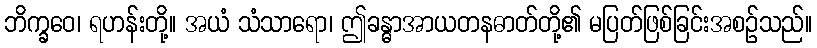
ဘိက္ခဝေ၊ ရဟန်းတို့။ အယံ သံသာရော၊ ဤခန္ဓာအာယတနဓာတ်တို့၏ မပြတ်ဖြစ်ခြင်းအစဉ်သည်။